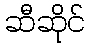
ဆီဆိုင်